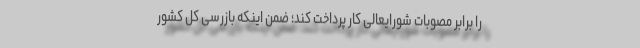
را برابر مصوبات شورایعالی کار پرداخت کند؛ ضمن اینکه بازرسی کل کشور